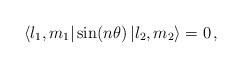
LaTeX: \begin{align*} \left\langle l_1, m_1 \right| \sin(n \theta) \left| l_2 , m_2\right\rangle=0\,,\end{align*}